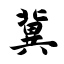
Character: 冀